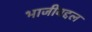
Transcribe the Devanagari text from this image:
भाजीबद्दल